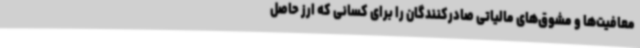
معافیت‌ها و مشوق‌های مالیاتی صادرکنندگان را برای کسانی که ارز حاصل